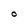
Character: O